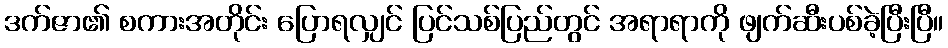
ဒက်ဇာ၏ စကားအတိုင်း ပြောရလျှင် ပြင်သစ်ပြည်တွင် အရာရာကို ဖျက်ဆီးပစ်ခဲ့ပြီးပြီ။